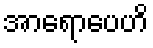
အာရောပေဟိ